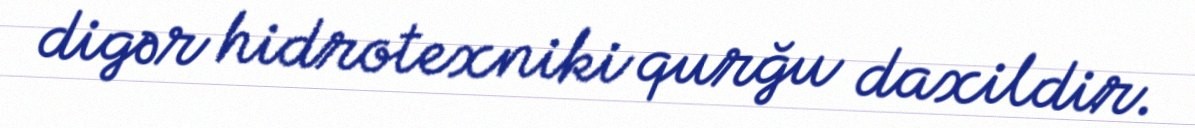
digər hidrotexniki qurğu daxildir.